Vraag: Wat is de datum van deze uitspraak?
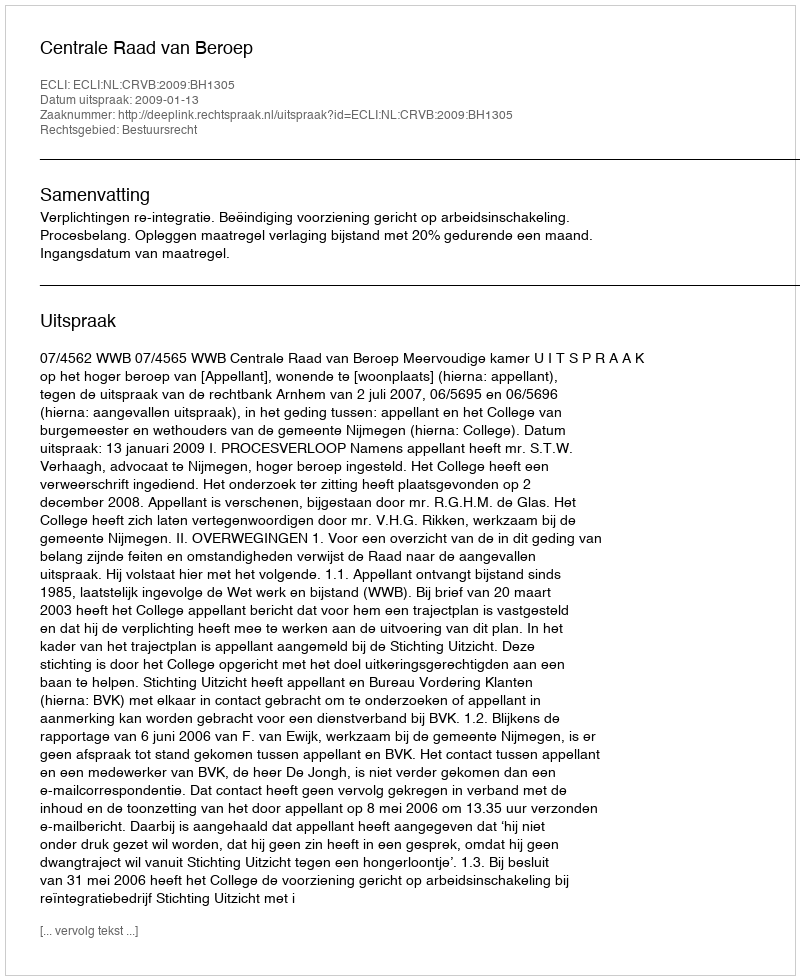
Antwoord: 2009-01-13